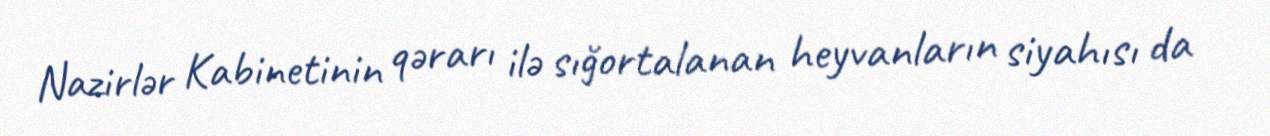
Nazirlər Kabinetinin qərarı ilə sığortalanan heyvanların siyahısı da